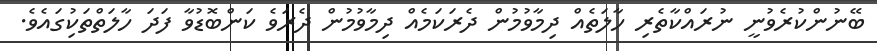
ބޭނުންކުރެވުނީ ނުރައްކާތެރި ހާލަތެއް ދިމާވުމުން ދެރަކަމެއް ދިމާވުމުން ދެރަވެ ކަންބޮޑުވާ ފަދަ ހާލަތްތަކިުގައެވެ.